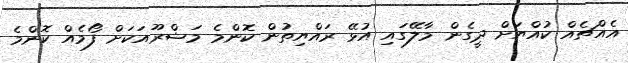
އެއްޗެއް ކުއްޔަށް ދީގެން މާލޭގައި އުޅޭ ރައްޔިތުން ކޮންމެ މަޝްރޫއަކަށް ފޯމެއް ކޮންމެ